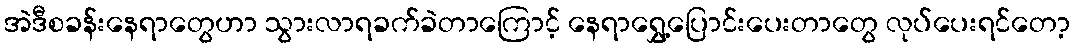
အဲဒီစခန်းနေရာတွေဟာ သွားလာရခက်ခဲတာကြောင့် နေရာရွှေ့ပြောင်းပေးတာတွေ လုပ်ပေးရင်တော့